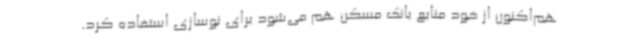
هم‌اکنون از خود منابع بانک مسکن هم می‌شود برای نوسازی استفاده کرد.